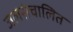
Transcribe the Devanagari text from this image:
जलसंचालित